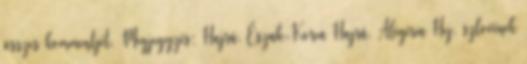
összes kommentjét. Megjegyzés: Hajrá, Észak-Korea Hajrá, Alégéria Hej, szlovének